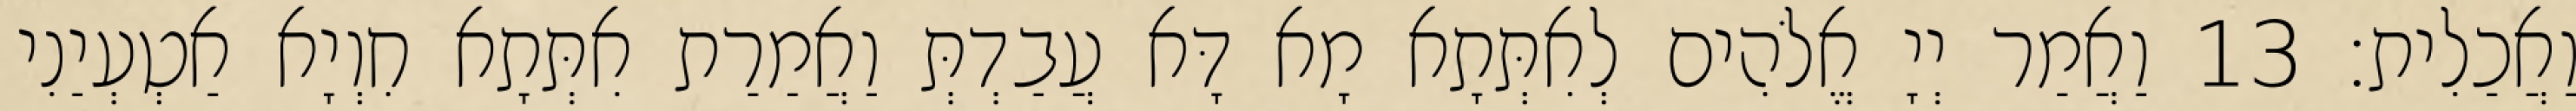
וַאֲכַלִית׃ 13 וַאֲמַר יְיָ אֱלֹהִים לְאִתְּתָא מָא דָּא עֲבַדְתְּ וַאֲמַרַת אִתְּתָא חִוְיָא אַטְעְיַנִי